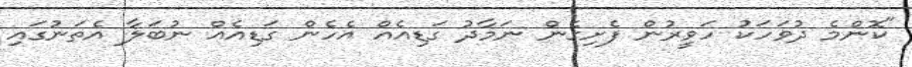
"ކޮންމެ ދުވަހަކު ހަވީރުން ފެށިގެން ނަމާދު ގަޑިއެއް އެހެން ގަޑިއެއް ނުބަލާ އެތަނުގައި